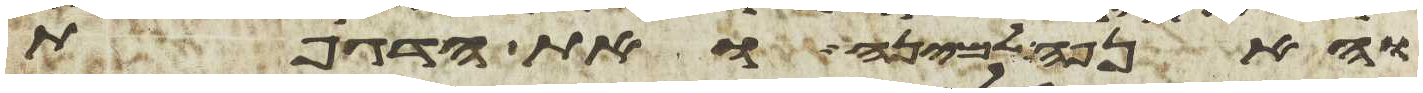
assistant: והאנפה למינה ואת הדגיפת